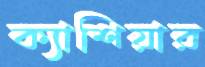
ক্যাশিয়ার